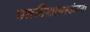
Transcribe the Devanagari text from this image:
मत्तनिशाचरकंदना